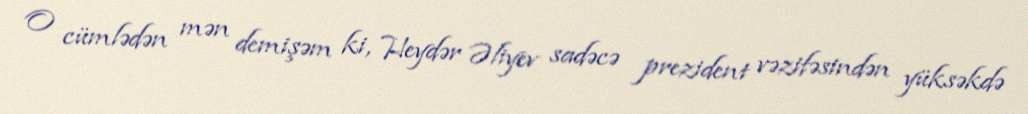
O cümlədən mən demişəm ki, Heydər Əliyev sadəcə prezident vəzifəsindən yüksəkdə